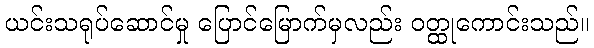
ယင်းသရုပ်ဆောင်မှု ပြောင်မြောက်မှလည်း ဝတ္ထုကောင်းသည်။